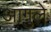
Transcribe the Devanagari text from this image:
आंगुले